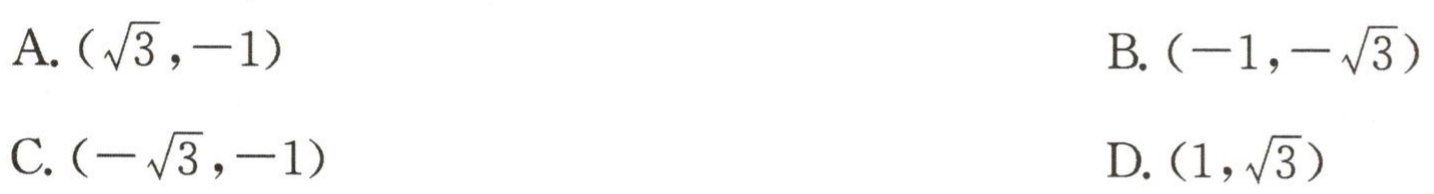
A. \((\sqrt{3},-1)\)
B. \((-1,-\sqrt{3})\)
C. \((-\sqrt{3},-1)\)
D. \((1,\sqrt{3})\)